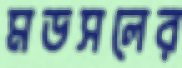
মডসলের